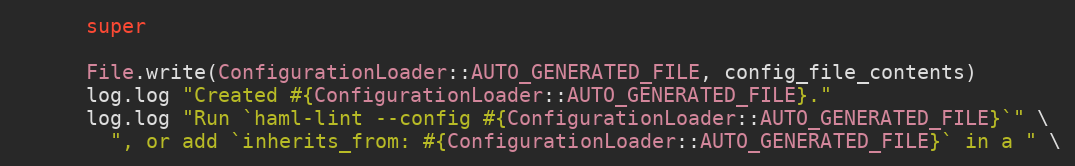
Language: Ruby
      super

      File.write(ConfigurationLoader::AUTO_GENERATED_FILE, config_file_contents)
      log.log "Created #{ConfigurationLoader::AUTO_GENERATED_FILE}."
      log.log "Run `haml-lint --config #{ConfigurationLoader::AUTO_GENERATED_FILE}`" \
        ", or add `inherits_from: #{ConfigurationLoader::AUTO_GENERATED_FILE}` in a " \